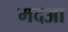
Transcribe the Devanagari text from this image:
मदआ